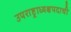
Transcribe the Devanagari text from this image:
उपराष्ट्राध्यक्षपदाची